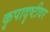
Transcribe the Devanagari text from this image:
कृपादृष्टीवर